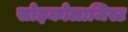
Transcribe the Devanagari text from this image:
सोइकोलाजिस्ट